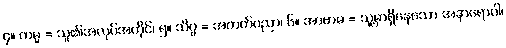
၄။ ကမ္မ = သူ၏အလုပ်အကိုင်၊ ၅။ သိပ္ပ = အတတ်ပညာ၊ ၆။ အာဗာဓ = သူ့မှာရှိနေသော အနာရောဂါ၊